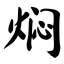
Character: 焖